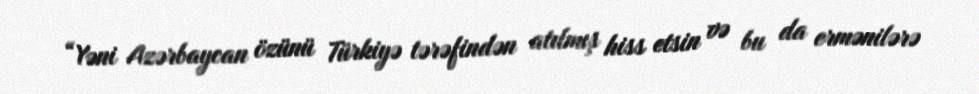
“Yəni Azərbaycan özünü Türkiyə tərəfindən atılmış hiss etsin və bu da ermənilərə